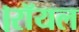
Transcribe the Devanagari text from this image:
।रॉयल